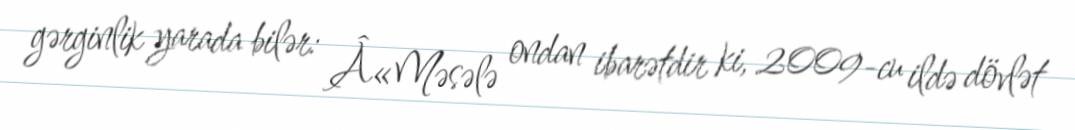
gərginlik yarada bilər: Â«Məsələ ondan ibarətdir ki, 2009-cu ildə dövlət